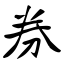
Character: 券